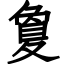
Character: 夐